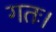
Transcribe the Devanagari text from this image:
गतः।